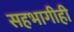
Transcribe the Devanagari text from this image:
सहभागीही